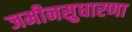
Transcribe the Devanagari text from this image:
जमीनसुधारणा